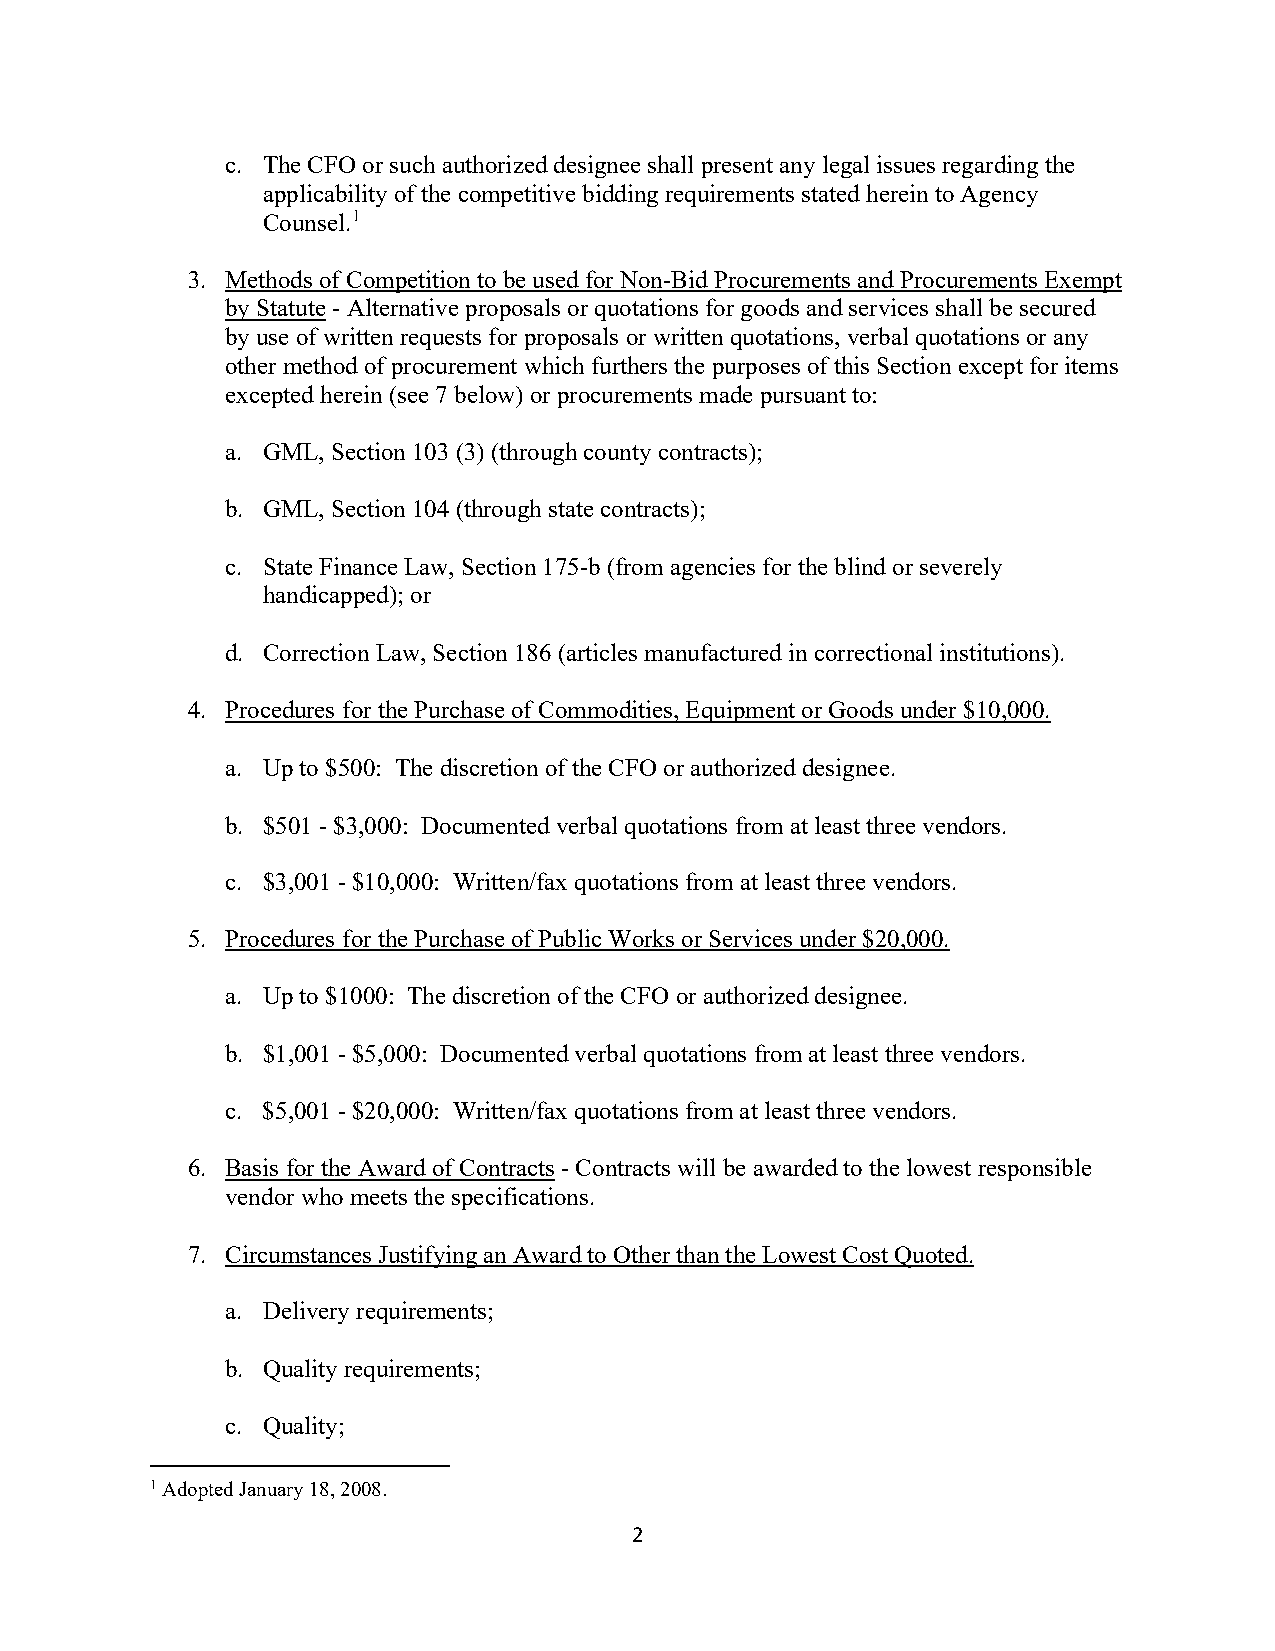
c. The CFO or such authorized designee shall present any legal issues regarding the
 applicability of the competitive bidding requirements stated herein to Agency
 Counsel.1
 3. Methods of Competition to be used for Non-Bid Procurements and Procurements Exempt
 by Statute - Alternative proposals or quotations for goods and services shall be secured
 by use of written requests for proposals or written quotations, verbal quotations or any
 other method of procurement which furthers the purposes of this Section except for items
 excepted herein (see 7 below) or procurements made pursuant to:
 a. GML, Section 103 (3) (through county contracts);
 b. GML, Section 104 (through state contracts);
 c. State Finance Law, Section 175-b (from agencies for the blind or severely
 handicapped); or
 d. Correction Law, Section 186 (articles manufactured in correctional institutions).
 4. Procedures for the Purchase of Commodities, Equipment or Goods under $10,000.
 a. Up to $500: The discretion of the CFO or authorized designee.
 b. $501 - $3,000: Documented verbal quotations from at least three vendors.
 c. $3,001 - $10,000: Written/fax quotations from at least three vendors.
 5. Procedures for the Purchase of Public Works or Services under $20,000.
 a. Up to $1000: The discretion of the CFO or authorized designee.
 b. $1,001 - $5,000: Documented verbal quotations from at least three vendors.
 c. $5,001 - $20,000: Written/fax quotations from at least three vendors.
 6. Basis for the Award of Contracts - Contracts will be awarded to the lowest responsible
 vendor who meets the specifications.
 7. Circumstances Justifying an Award to Other than the Lowest Cost Quoted.
 a. Delivery requirements;
 b. Quality requirements;
 c. Quality;
 1 Adopted January 18, 2008.
 2